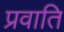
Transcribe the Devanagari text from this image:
प्रवाति